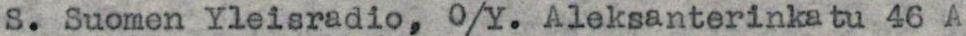
S. Suomen Yleisradio, O/Y. Aleksanterinkatu 46 A